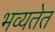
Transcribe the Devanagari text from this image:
भव्यतेत